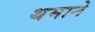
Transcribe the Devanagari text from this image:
थमाने